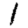
Digit: 1